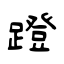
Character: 蹬